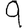
Digit: 9